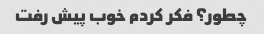
چطور؟ فکر کردم خوب پیش رفت